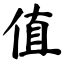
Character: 值